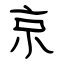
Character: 京